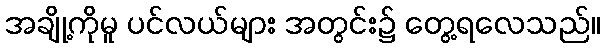
အချို့ကိုမူ ပင်လယ်များ အတွင်း၌ တွေ့ရလေသည်။